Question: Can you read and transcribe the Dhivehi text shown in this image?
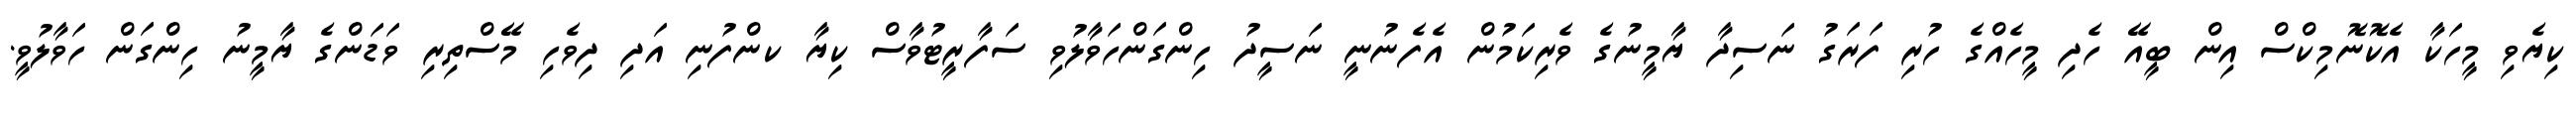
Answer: ކިޔެވި މީހަކާ އެކޮނޮމިކްސް އިން ބީއޭ ހެދި މީހެއްގެ ހުރި ފަރަގު ނަސިދާ ޔާމީނުގެ ވެރިކަމުން އެފެނުނީ ނަސީދު ހިންގަންހަވާލުވި ސަފާރީޓުވާސް ކިޔާ ކންފުނި އަދި ދިވެހި މޭސްތިރި ވަޑަންގެ ޔާމީނު ހިންގަން ހަވާލުވީ.